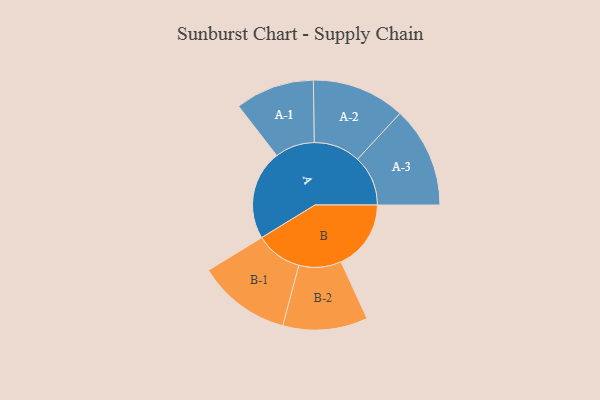
{"axis": {"x": "Segment", "y": "Value"}, "legend": ["", "A", "B"], "data": [{"x": "A", "y": 419, "type": ""}, {"x": "B", "y": 327, "type": ""}, {"x": "A-1", "y": 185, "type": "A"}, {"x": "A-2", "y": 218, "type": "A"}, {"x": "A-3", "y": 236, "type": "A"}, {"x": "B-1", "y": 218, "type": "B"}, {"x": "B-2", "y": 198, "type": "B"}]}